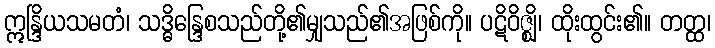
ဣန္ဒြိယသမတံ၊ သဒ္ဓိန္ဒြေစသည်တို့၏မျှသည်၏အဖြစ်ကို။ ပဋိဝိဇ္ဈိ၊ ထိုးထွင်း၏။ တတ္ထ၊